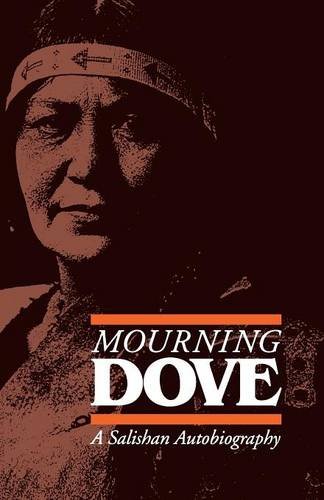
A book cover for Mourning Dove: A Salishan Autobiography (American Indian Lives); Mourning Dove; Biographies & Memoirs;